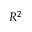
R ^ { 2 }